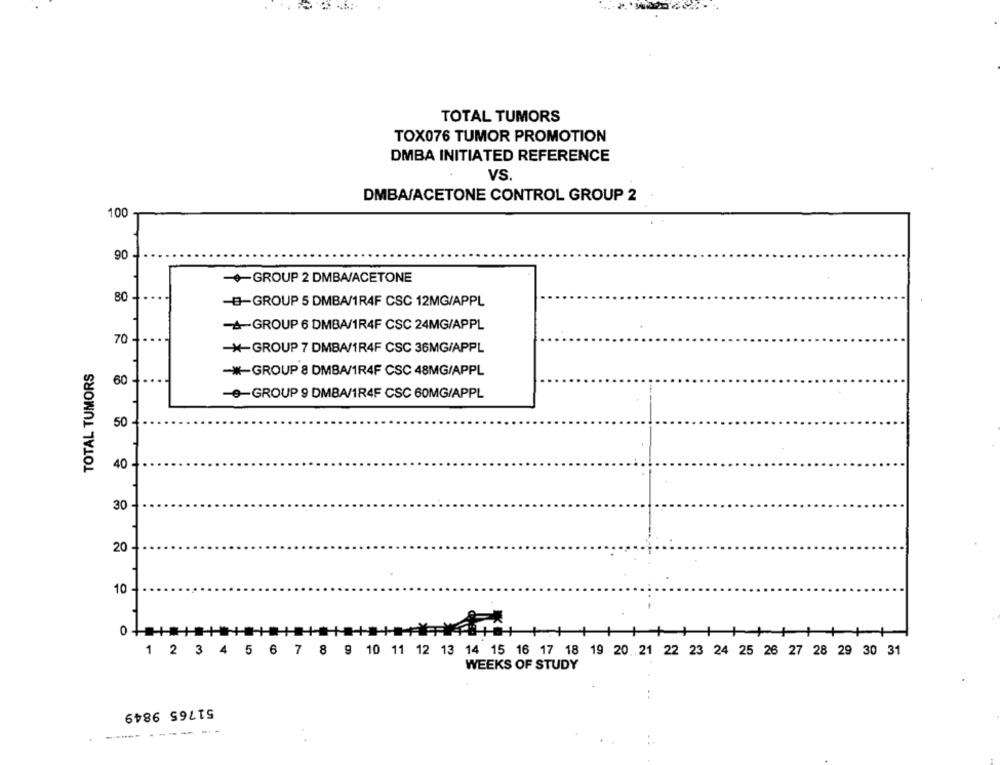
TOTAL TUMORS
TOX076 TUMOR PROMOTION
DMBA INITIATED REFERENCE
VS.
DMBA/ACETONE CONTROL GROUP 2
100
90
-GROUP 2 DMBA/ACETONE
80 -
-B-GROUP 5 DMBA/1R4F CSC 12MG/APPL
-- GROUP 6 DMBA/1R4F CSC 24MG/APPL
70
-*- GROUP 7 DMBA/1R4F CSC 36MG/APPL
TOTAL TUMORS
-*- GROUP 8 DMBA/1R4F CSC 48MG/APPL
60
-e-GROUP 9 DMBA/1R4F CSC 60MG/APPL
50
40 -
30 -
20
10
O
1 2 3 4 5 6 7 8 9 10 11 12 13 14 15 16 17 18 19 20 21 22 23 24 25 26 27 28 29 30 31
WEEKS OF STUDY
51765 9849
----- ------